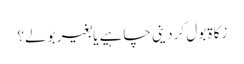
زکاۃ بول کر دینی چاہیے یا بغیر بولے؟